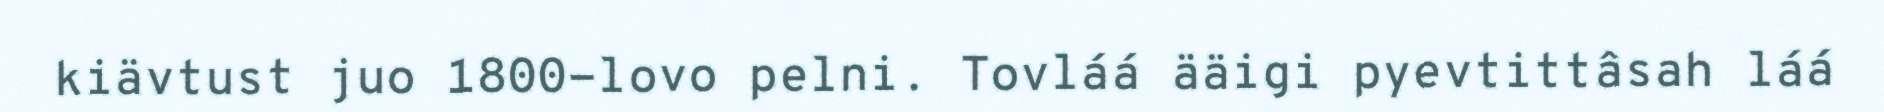
kiävtust juo 1800-lovo pelni. Tovláá ääigi pyevtittâsah láá